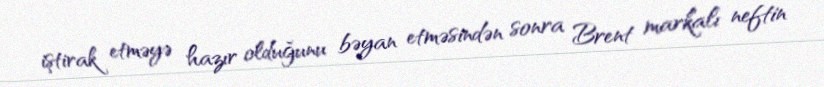
iştirak etməyə hazır olduğunu bəyan etməsindən sonra Brent markalı neftin